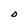
Character: O